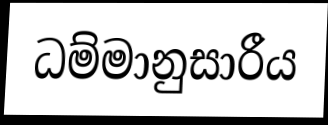
ධම්මානුසාරීය